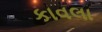
કાવલા